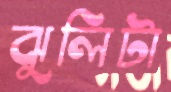
ঝুলিটা